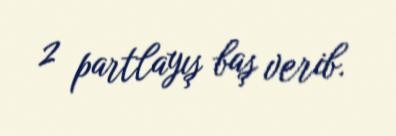
2 partlayış baş verib.